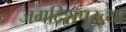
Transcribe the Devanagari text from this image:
जगदिशपूरच्या